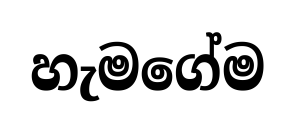
හැමගේම